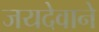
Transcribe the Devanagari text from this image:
जयदेवाने